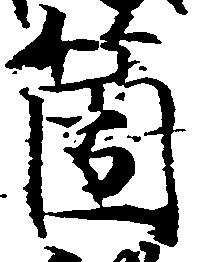
箇